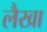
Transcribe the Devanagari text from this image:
लैखा